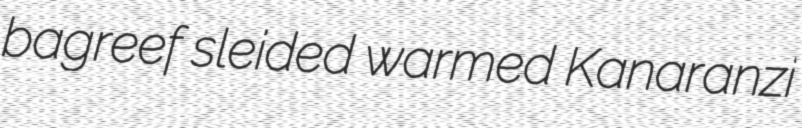
bagreef sleided warmed Kanaranzi